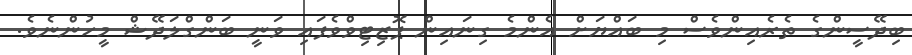
ބިދޭސީންގެ ތެރެއިންވެސް މި ބައްޔަށް އެންމެ ގިނައިން ޕޮޒިޓިވްވެފައި ވަނީ ބަންގްލަދޭޝް މީހުންނެވެ.